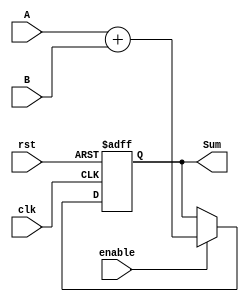
///////////////////////////////////////////////////////////////////////////
// MODULE               : adder                                          //
//                                                                       //
// DESIGNER             : David Hodefi                                   //
//                                                                       //
// Verilog code for 4-bit adder                                          //
// This is the behavioral description of an 4-bit adder		             //
//                                                                       //
///////////////////////////////////////////////////////////////////////////

module adder4b (input [3:0] A, input [3:0] B, output [4:0] Sum, input clk, input rst, input enable);

    reg [4:0] internal_sum;

always @ (posedge clk or posedge rst) begin 
   if (rst) begin
       internal_sum <= 5'b0;
   end else if(enable) begin
       internal_sum <= A + B;
   end else begin
       internal_sum <= Sum;
   end
end

assign Sum = internal_sum;
    
endmodule